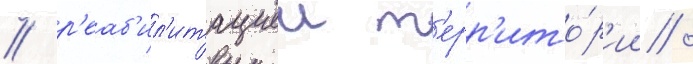
/ р'еаб'ил'итациеи т'ерр'ито́р'ии /